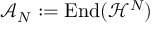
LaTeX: \mathcal { A } _ { N } : = \mathrm { E n d } ( \mathcal { H } ^ { N } )